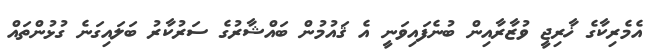
އެމެރިކާގެ ޚާރިޖީ ވުޒާރާއިން ބުނެފައިވަނީ އެ ޤައުމުން ބައްޝާރުގެ ސަރުކާރު ބަލައިގަނެ ގުޅުންތައް